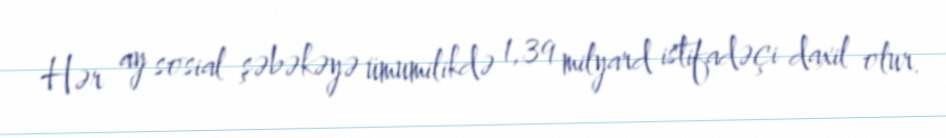
Hər ay sosial şəbəkəyə ümumilikdə 1,39 milyard istifadəçi daxil olur.